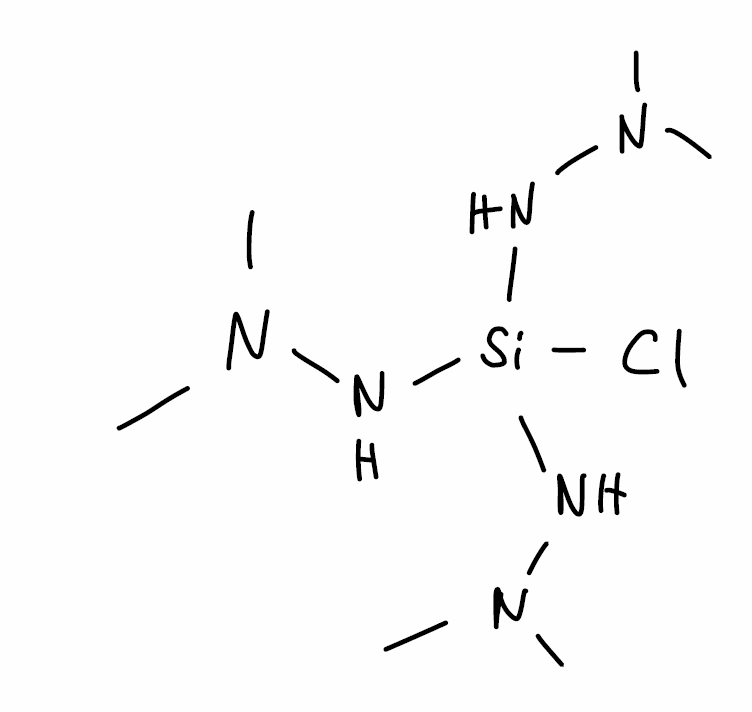
Simplified molecular-input line-entry system (SMILES) notation of the given molecule:
CN(C)N[Si](NN(C)C)(NN(C)C)Cl